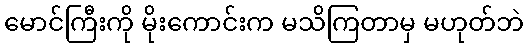
မောင်ကြီးကို မိုးကောင်းက မသိကြတာမှ မဟုတ်ဘဲ